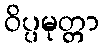
ဝိပ္ပမုတ္တာ